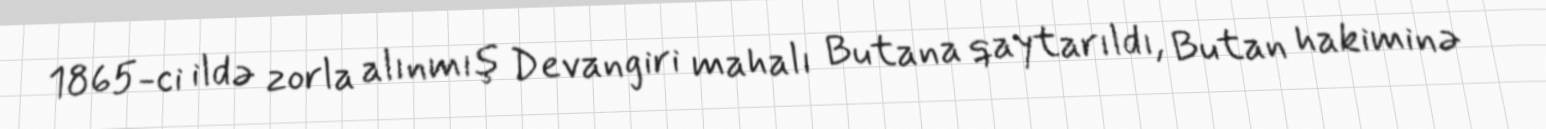
1865-ci ildə zorla alınmış Devangiri mahalı Butana qaytarıldı, Butan hakiminə